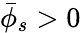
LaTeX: \bar{\phi}_{s}>0